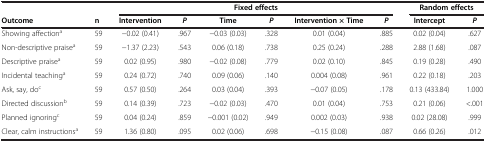
| <COLSPAN=2>  | <COLSPAN=6> Fixed effects | <COLSPAN=2> Random effects |
 | Outcome | n | Intervention | P | Time | P | Intervention × Time | P | Intercept | P |
 | --- | --- | --- | --- | --- | --- | --- | --- | --- | --- |
 | Showing affectiona | 59 | −0.02 (0.41) | .967 | −0.03 (0.03) | .328 | 0.01 (0.04) | .885 | 0.02 (0.04) | .627 |
 | Non-descriptive praisea | 59 | −1.37 (2.23) | .543 | 0.06 (0.18) | .738 | 0.25 (0.24) | .288 | 2.88 (1.68) | .087 |
 | Descriptive praisea | 59 | 0.02 (0.95) | .980 | −0.02 (0.08) | .779 | 0.02 (0.10) | .845 | 0.19 (0.28) | .490 |
 | Incidental teachinga | 59 | 0.24 (0.72) | .740 | 0.09 (0.06) | .140 | 0.004 (0.08) | .961 | 0.22 (0.18) | .203 |
 | Ask, say, doc | 59 | 0.57 (0.50) | .264 | 0.03 (0.04) | .393 | −0.07 (0.05) | .178 | 0.13 (433.84) | 1.000 |
 | Directed discussionb | 59 | 0.14 (0.39) | .723 | −0.02 (0.03) | .470 | 0.01 (0.04) | .753 | 0.21 (0.06) | <.001 |
 | Planned ignoringc | 59 | 0.04 (0.24) | .859 | −0.001 (0.02) | .949 | 0.002 (0.03) | .938 | 0.02 (28.08) | .999 |
 | Clear, calm instructionsa | 59 | 1.36 (0.80) | .095 | 0.02 (0.06) | .698 | −0.15 (0.08) | .087 | 0.66 (0.26) | .012 |